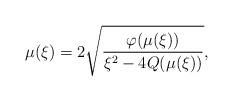
LaTeX: \begin{align*} \mu(\xi)=2\sqrt{\frac{\varphi( \mu(\xi))}{\xi^2-4Q( \mu(\xi))}},\end{align*}